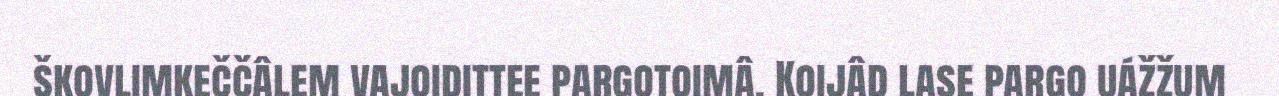
škovlimkeččâlem vajoidittee pargotoimâ. Koijâd lase pargo uážžum